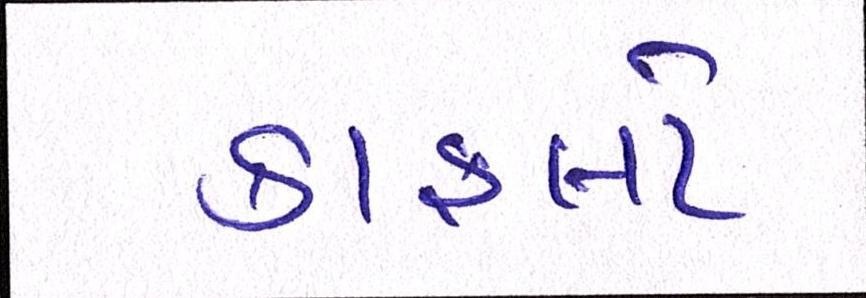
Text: કાફલો